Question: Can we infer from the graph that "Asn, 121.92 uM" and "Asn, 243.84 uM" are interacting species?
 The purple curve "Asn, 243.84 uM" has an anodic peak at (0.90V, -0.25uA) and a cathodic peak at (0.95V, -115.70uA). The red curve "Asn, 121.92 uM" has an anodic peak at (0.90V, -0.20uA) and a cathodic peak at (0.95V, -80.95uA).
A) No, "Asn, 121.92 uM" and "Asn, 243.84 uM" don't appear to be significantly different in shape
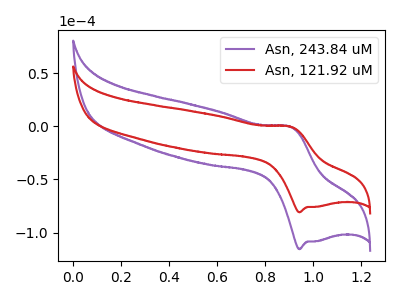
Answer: <think>All the peaks in "Asn, 121.92 uM" have a peak in "Asn, 243.84 uM" at the same potential.
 </think>
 <answer>A) No, "Asn, 121.92 uM" and "Asn, 243.84 uM" don't appear to be significantly different in shape</answer>
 <eval>A</eval>